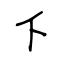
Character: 下